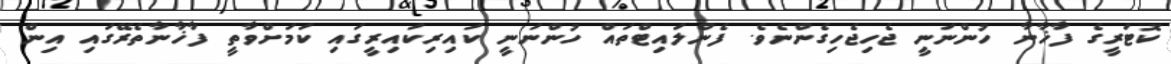
ކޮޓަރީގެ ފާޚާނާ ހުންނަނީ ޖެހިޖެހިގެންނެވެ. ފެންލައިޓްތައް ހުންނަނީ ކައިރިކައިރީގައި ކަމަށްވާތީ ފާޚާނާތެރޭގައި އިން